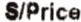
S/PRICE